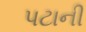
પટાની